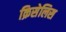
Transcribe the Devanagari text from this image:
क्रिसेलिस